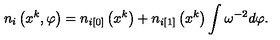
n _ { i } \left( x ^ { k } , \varphi \right) = n _ { i [ 0 ] } \left( x ^ { k } \right) + n _ { i [ 1 ] } \left( x ^ { k } \right) \int \omega ^ { - 2 } d \varphi .